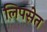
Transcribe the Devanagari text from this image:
लिपसेत